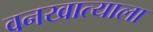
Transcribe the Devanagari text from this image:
वनखात्याला